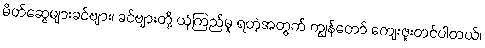
မိတ်ဆွေများခင်ဗျား၊ ခင်ဗျားတို့ ယုံကြည်မှု ရတဲ့အတွက် ကျွန်တော် ကျေးဇူးတင်ပါတယ်၊